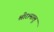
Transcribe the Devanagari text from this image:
श्रीरामालू